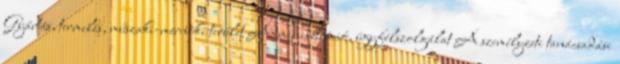
Gyártás, termelés, műszaki-mérnöki terület Adminisztráció, ügyfélszolgálat A személyzeti tanácsadási